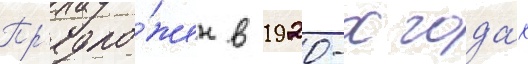
Пр'едло́жен в 1920-х года́х